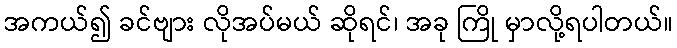
အကယ်၍ ခင်ဗျား လိုအပ်မယ် ဆိုရင်၊ အခု ကြို မှာလို့ရပါတယ်။